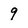
Character: 9